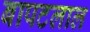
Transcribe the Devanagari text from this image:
बापटलाल